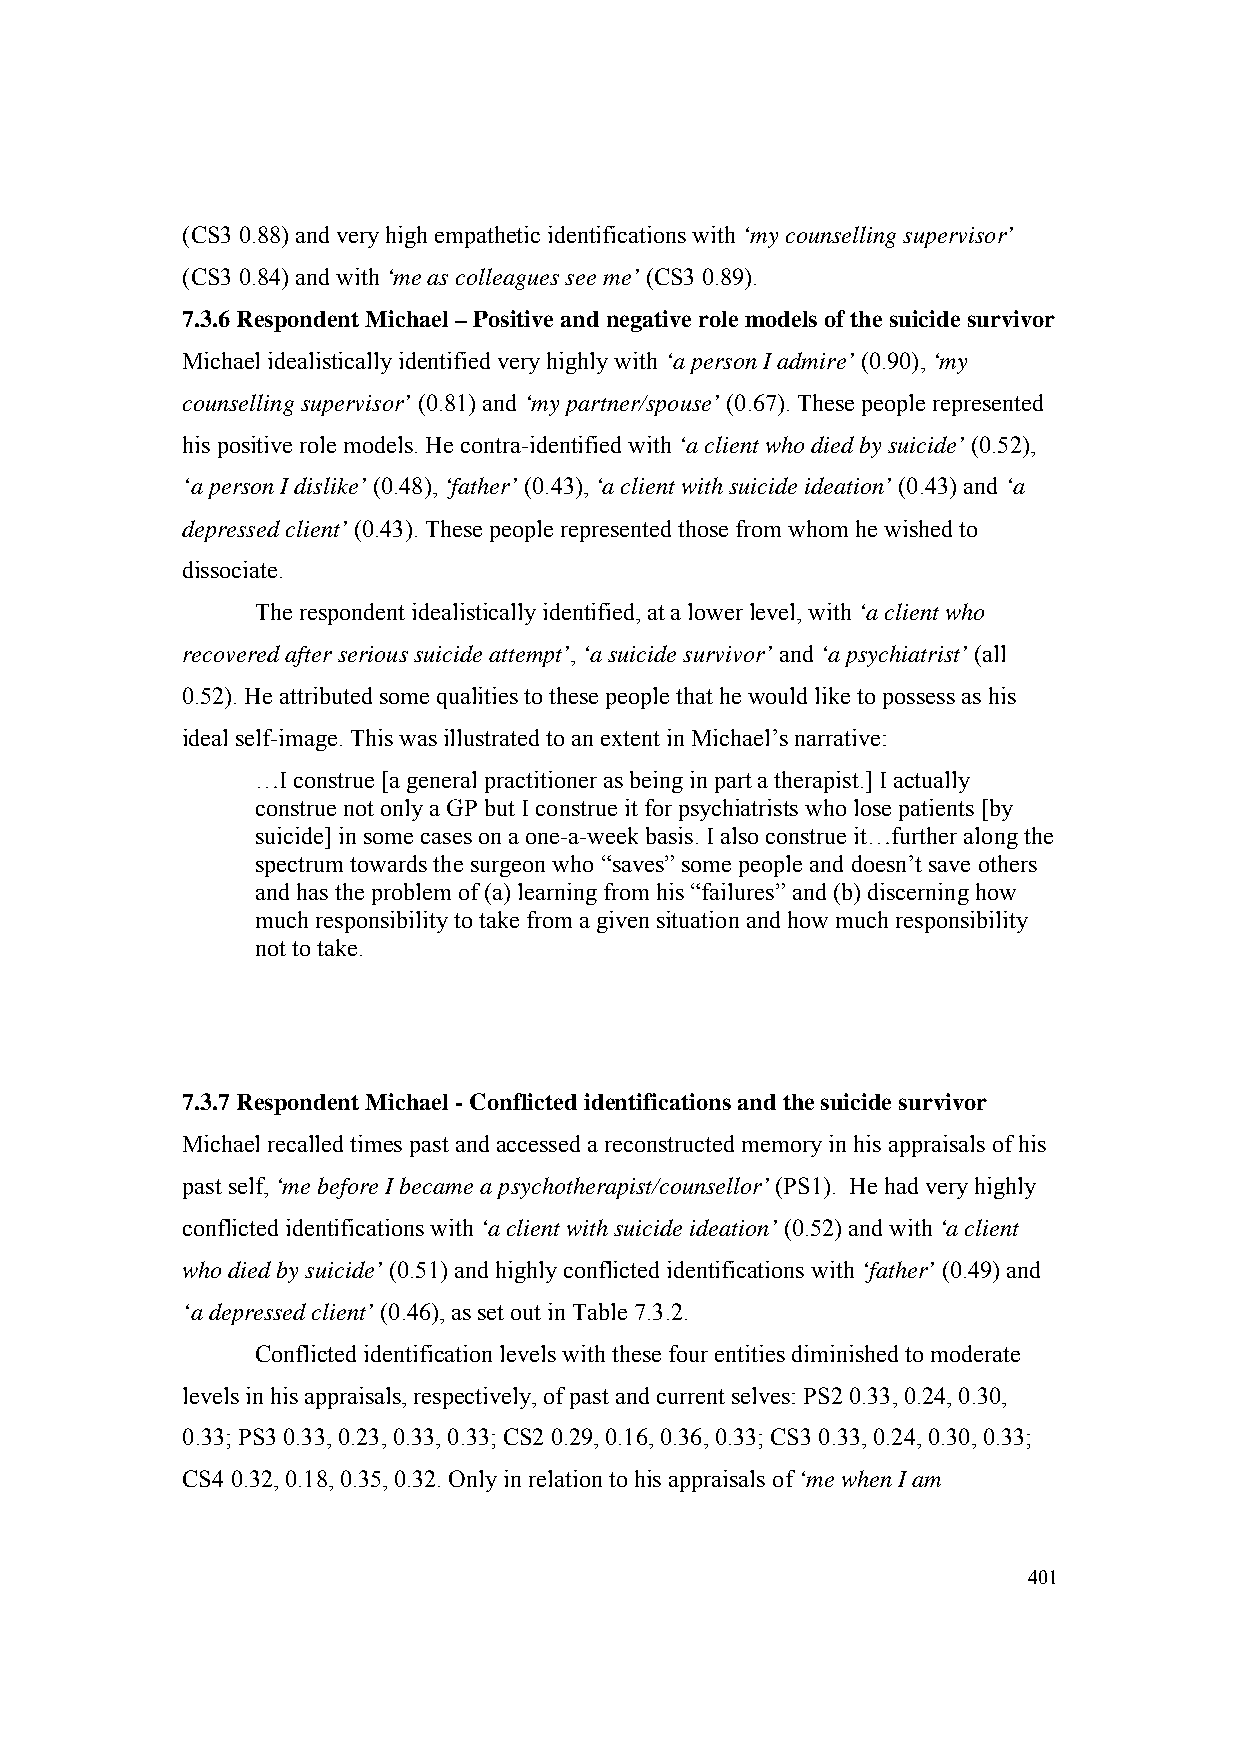
(CS3 0.88) and very high empathetic identifications with ‘my counselling supervisor’
 (CS3 0.84) and with ‘me as colleagues see me’ (CS3 0.89).
 7.3.6 Respondent Michael – Positive and negative role models of the suicide survivor
 Michael idealistically identified very highly with ‘a person I admire’ (0.90), ‘my
 counselling supervisor’ (0.81) and ‘my partner/spouse’ (0.67). These people represented
 his positive role models. He contra-identified with ‘a client who died by suicide’ (0.52),
 ‘a person I dislike’ (0.48), ‘father’ (0.43), ‘a client with suicide ideation’ (0.43) and ‘a
 depressed client’ (0.43). These people represented those from whom he wished to
 dissociate.
 The respondent idealistically identified, at a lower level, with ‘a client who
 recovered after serious suicide attempt’, ‘a suicide survivor’ and ‘a psychiatrist’ (all
 0.52). He attributed some qualities to these people that he would like to possess as his
 ideal self-image. This was illustrated to an extent in Michael’s narrative:
 …I construe [a general practitioner as being in part a therapist.] I actually
 construe not only a GP but I construe it for psychiatrists who lose patients [by
 suicide] in some cases on a one-a-week basis. I also construe it…further along the
 spectrum towards the surgeon who “saves” some people and doesn’t save others
 and has the problem of (a) learning from his “failures” and (b) discerning how
 much responsibility to take from a given situation and how much responsibility
 not to take.
 7.3.7 Respondent Michael - Conflicted identifications and the suicide survivor
 Michael recalled times past and accessed a reconstructed memory in his appraisals of his
 past self, ‘me before I became a psychotherapist/counsellor’ (PS1). He had very highly
 conflicted identifications with ‘a client with suicide ideation’ (0.52) and with ‘a client
 who died by suicide’ (0.51) and highly conflicted identifications with ‘father’ (0.49) and
 ‘a depressed client’ (0.46), as set out in Table 7.3.2.
 Conflicted identification levels with these four entities diminished to moderate
 levels in his appraisals, respectively, of past and current selves: PS2 0.33, 0.24, 0.30,
 0.33; PS3 0.33, 0.23, 0.33, 0.33; CS2 0.29, 0.16, 0.36, 0.33; CS3 0.33, 0.24, 0.30, 0.33;
 CS4 0.32, 0.18, 0.35, 0.32. Only in relation to his appraisals of ‘me when I am
 401